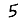
Digit: 5